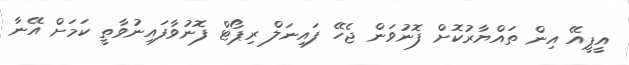
އީޕީއޭ އިން ތައްޔާރުކޮށް ފޮނުވަން ޖެހޭ ފައިނަލް ރިޕޯޓް ފޮނުވާފައިނުވާތީ ކަމަށް އޭނާ